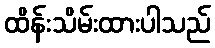
ထိန်းသိမ်းထားပါသည်